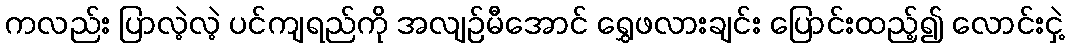
ကလည်း ပြာလဲ့လဲ့ ပင်ကျရည်ကို အလျဉ်မီအောင် ရွှေဖလားချင်း ပြောင်းထည့်၍ လောင်းငှဲ့